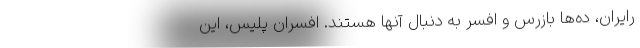
رایران، ده‌ها بازرس و افسر به دنبال آنها هستند. افسران پلیس، این